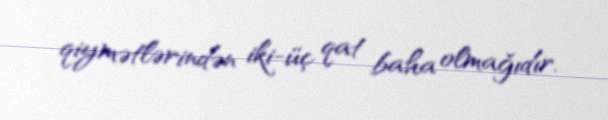
qiymətlərindən iki-üç qat baha olmağıdır.